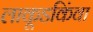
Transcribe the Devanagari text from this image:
लाकूडकिंवा